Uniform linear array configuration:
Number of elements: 64
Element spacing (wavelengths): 0.75
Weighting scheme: hann
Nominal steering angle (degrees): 15
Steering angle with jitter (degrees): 14.829
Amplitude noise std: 0.05
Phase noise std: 0.05

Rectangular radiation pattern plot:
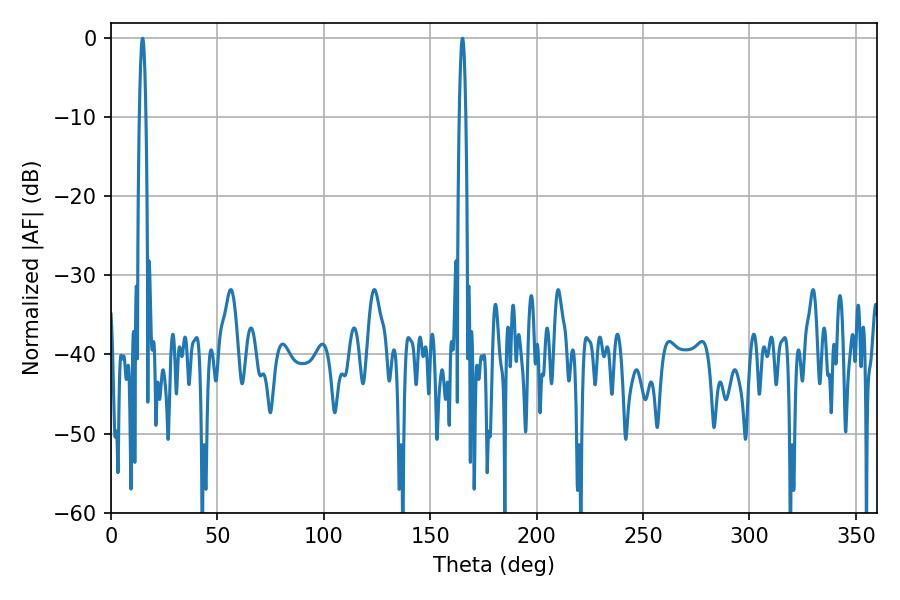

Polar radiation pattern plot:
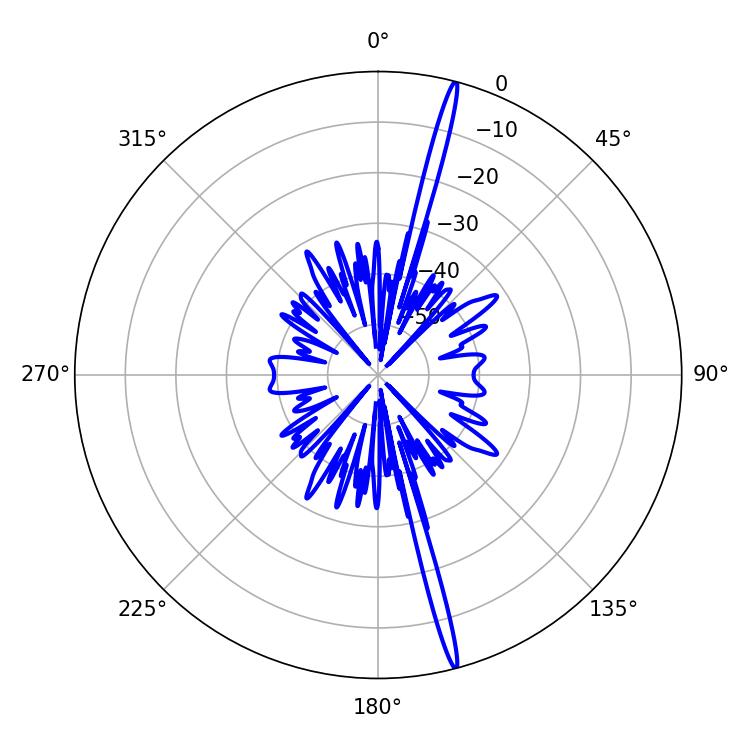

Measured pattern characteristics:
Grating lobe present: TRUE
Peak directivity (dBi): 20.743
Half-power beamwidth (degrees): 1.62
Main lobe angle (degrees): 165.24